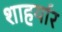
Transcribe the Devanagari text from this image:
शाहर्यार